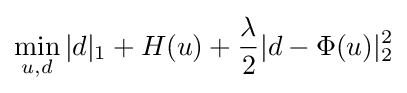
\min _{u,d}|d|_{1}+H(u)+{\frac {\lambda }{2}}|d-\Phi (u)|_{2}^{2}